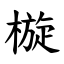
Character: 㯀